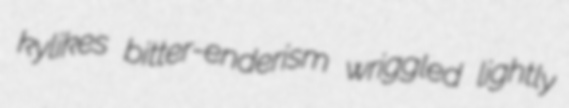
kylikes bitter-enderism wriggled lightly